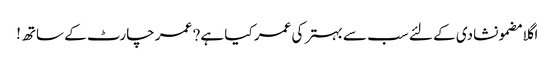
اگلا مضمونشادی کے لئے سب سے بہتر کی عمر کیا ہے? عمر چارٹ کے ساتھ!